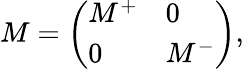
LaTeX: M=\left(\begin{array}{ll}{{M^{+}}}&{{0}}\\ {{0}}&{{M^{-}}}\end{array}\right),